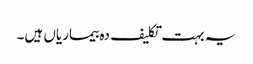
یہ بہت تکلیف دہ بیماریاں ہیں۔